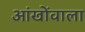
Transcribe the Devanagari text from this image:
आंखोंवाला